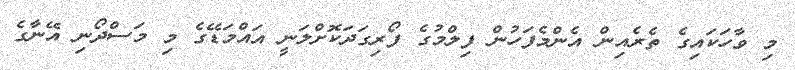
މި ވާހަކައިގެ ތެރެއިން އެންމެފަހުން ފިލްމުގެ ފޯރިގަދަކޮށްލަނީ އައްމަޑޭގެ މި މަސްދޯނި އޭނާގެ